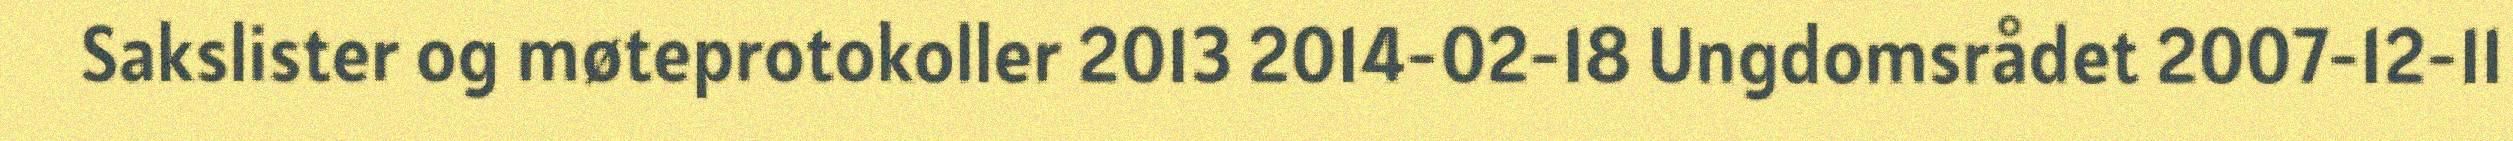
Sakslister og møteprotokoller 2013 2014-02-18 Ungdomsrådet 2007-12-11